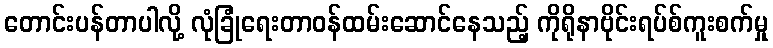
တောင်းပန်တာပါလို့ လုံခြုံရေးတာဝန်ထမ်းဆောင်နေသည့် ကိုရိုနာဗိုင်းရပ်စ်ကူးစက်မှု